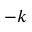
- k